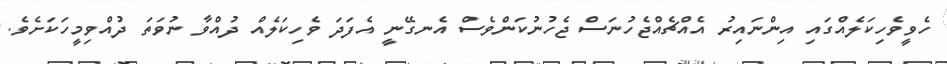
ހެވީވެހިކަލެއްގައި އިންނައިރު އެއްޗެއްޖެހުނަސް ޖެހުނުކަންވެސް އެނގޭނީ އެފަދަ ވެހިކަލެއް ދުއްވާ ނުވަތަ ދުއްވިމީހަކަށެވެ.